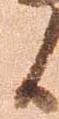
候